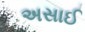
અસાઈ